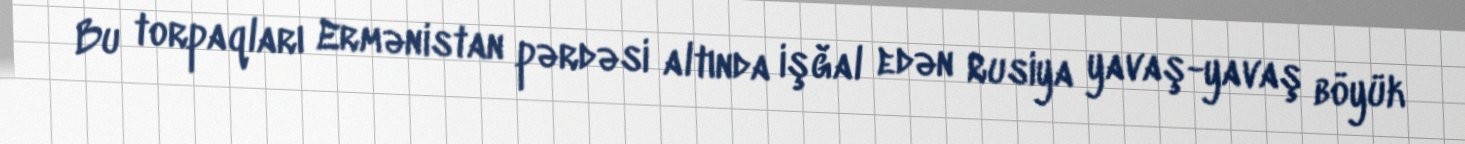
Bu torpaqları Ermənistan pərdəsi altında işğal edən Rusiya yavaş-yavaş böyük